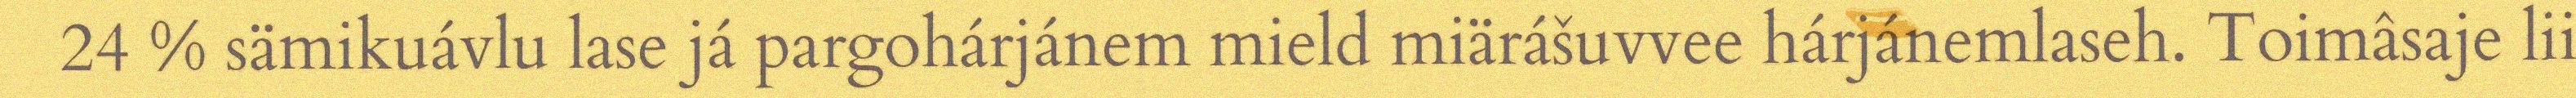
24 % sämikuávlu lase já pargohárjánem mield miärášuvvee hárjánemlaseh. Toimâsaje lii